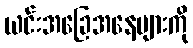
ယင်းအခြေအနေများကို